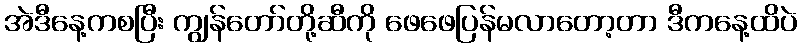
အဲဒီနေ့ကစပြီး ကျွန်တော်တို့ဆီကို ဖေဖေပြန်မလာတော့တာ ဒီကနေ့ထိပဲ